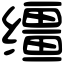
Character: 缰